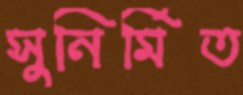
সুনির্মিত